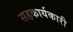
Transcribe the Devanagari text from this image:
सहकार्यकारी